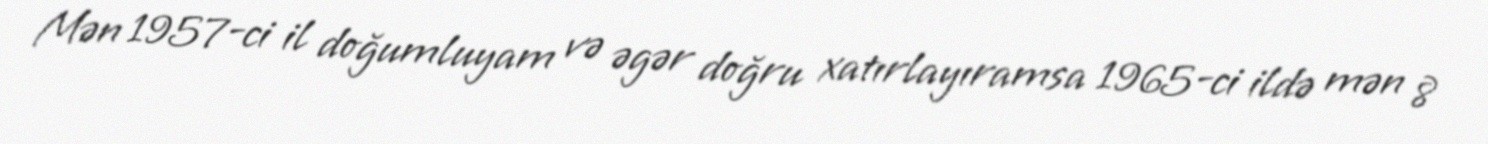
Mən 1957-ci il doğumluyam və əgər doğru xatırlayıramsa 1965-ci ildə mən 8